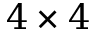
4 \times 4